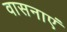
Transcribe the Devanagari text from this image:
वासनाएं